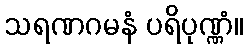
သရဏဂမနံ ပရိပုဏ္ဏံ။